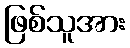
ဖြစ်သူအား